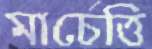
মার্চেত্তি